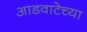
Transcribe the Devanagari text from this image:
आडवाटेच्या